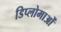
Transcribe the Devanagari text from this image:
डिप्लोमाओं